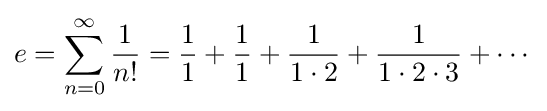
e=\displaystyle \sum \limits _{n=0}^{\infty }{\dfrac {1}{n!}}={\frac {1}{1}}+{\frac {1}{1}}+{\frac {1}{1\cdot 2}}+{\frac {1}{1\cdot 2\cdot 3}}+\cdots